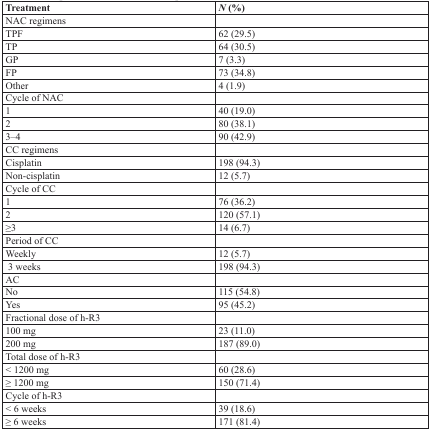
| Treatment | N (%) |
 | --- | --- |
 | NAC regimens |  |
 | TPF | 62 (29.5) |
 | TP | 64 (30.5) |
 | GP | 7 (3.3) |
 | FP | 73 (34.8) |
 | Other | 4 (1.9) |
 | Cycle of NAC |  |
 | 1 | 40 (19.0) |
 | 2 | 80 (38.1) |
 | 3–4 | 90 (42.9) |
 | CC regimens |  |
 | Cisplatin | 198 (94.3) |
 | Non-cisplatin | 12 (5.7) |
 | Cycle of CC |  |
 | 1 | 76 (36.2) |
 | 2 | 120 (57.1) |
 | ≥3 | 14 (6.7) |
 | Period of CC |  |
 | Weekly | 12 (5.7) |
 | 3 weeks | 198 (94.3) |
 | AC |  |
 | No | 115 (54.8) |
 | Yes | 95 (45.2) |
 | Fractional dose of h-R3 |  |
 | 100 mg | 23 (11.0) |
 | 200 mg | 187 (89.0) |
 | Total dose of h-R3 |  |
 | < 1200 mg | 60 (28.6) |
 | ≥ 1200 mg | 150 (71.4) |
 | Cycle of h-R3 |  |
 | < 6 weeks | 39 (18.6) |
 | ≥ 6 weeks | 171 (81.4) |